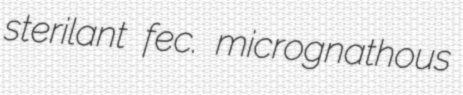
sterilant fec. micrognathous